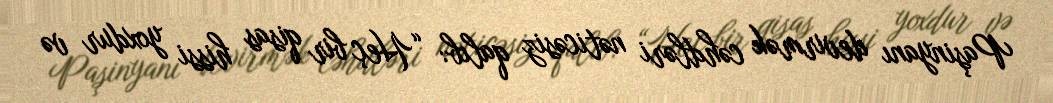
Paşinyanı devirmək cəhdləri nəticəsiz qalıb: “Heç bir qisas hissi yoxdur və